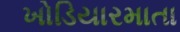
ખોડિયારમાતા